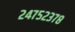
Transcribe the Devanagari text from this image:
२४७५२३७८